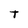
Character: T